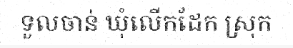
ទួលចាន់ ឃុំលើកដែក ស្រុក